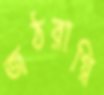
জঠরাগ্নি